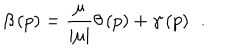
LaTeX: \beta \left( p \right) = \frac \mu { \left| \mu \right| } \theta \left( p \right) + \gamma \left( p \right) \; \, .